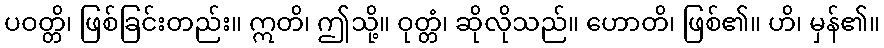
ပဝတ္တိ၊ ဖြစ်ခြင်းတည်း။ ဣတိ၊ ဤသို့။ ဝုတ္တံ၊ ဆိုလိုသည်။ ဟောတိ၊ ဖြစ်၏။ ဟိ၊ မှန်၏။